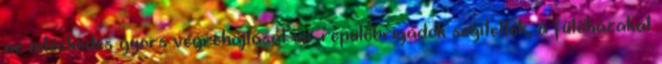
az intézkedés gyors végrehajtását ún. repülőbrigádok segítették, a fűtőházakat